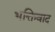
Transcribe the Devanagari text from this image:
भक्तिवाद